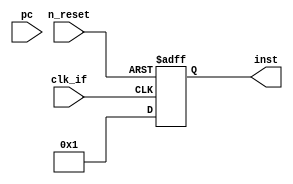
module fetch(clk_if, n_reset, pc, inst);
	input wire clk_if;
	input wire n_reset;
	
	input wire pc;
	
	output reg [31:0] inst;
	
	always @ (posedge clk_if or negedge n_reset) begin
		if(n_reset == 1'b0) begin
			inst <= 32'b0;
			$display("fetch: reset");
		end else begin
			inst <= 32'h00000001;
			$display("fetch: fetch instruction, inst = %d", inst);
		end
	end
endmodule